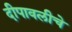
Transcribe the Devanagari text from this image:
दीपावलीचे